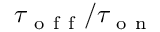
\tau _ { \mathrm { ~ o ~ f ~ f ~ } } / \tau _ { \mathrm { ~ o ~ n ~ } }